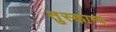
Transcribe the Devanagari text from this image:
तुस्कान्य